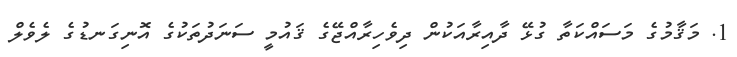
1. މަޤާމުގެ މަސައްކަތާ ގުޅޭ ދާއިރާއަކުން ދިވެހިރާއްޖޭގެ ޤައުމީ ސަނަދުތަކުގެ އޮނިގަނޑުގެ ލެވެލް